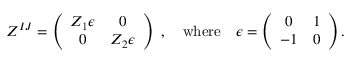
Z ^ { I J } = \left( \begin{array} { c c } { { Z _ { 1 } \epsilon } } & { { 0 } } \\ { { 0 } } & { { Z _ { 2 } \epsilon } } \end{array} \right) \ , \quad \mathrm { w h e r e } \quad \epsilon = \left( \begin{array} { c c } { { 0 } } & { { 1 } } \\ { { - 1 } } & { { 0 } } \end{array} \right) .